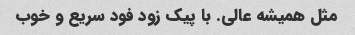
مثل همیشه عالی. با پیک زود فود سریع و خوب